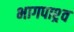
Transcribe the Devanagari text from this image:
भागपाश्र्व